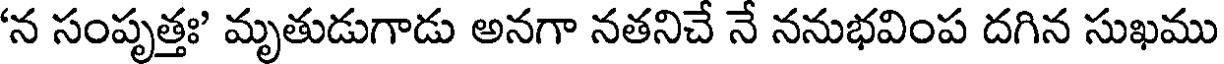
'న సంపృత్తః' మృతుడుగాడు అనగా నతనిచే నే ననుభవింప దగిన సుఖము